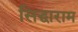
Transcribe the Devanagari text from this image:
सिद्धाराम